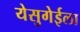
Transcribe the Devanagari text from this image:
येसुगेईला